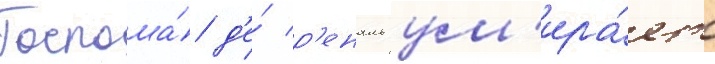
Госпожа́ д'е́ р'еналь ум'ира́ет